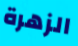
الزهرة